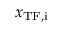
x _ { \mathrm { T F , i } }